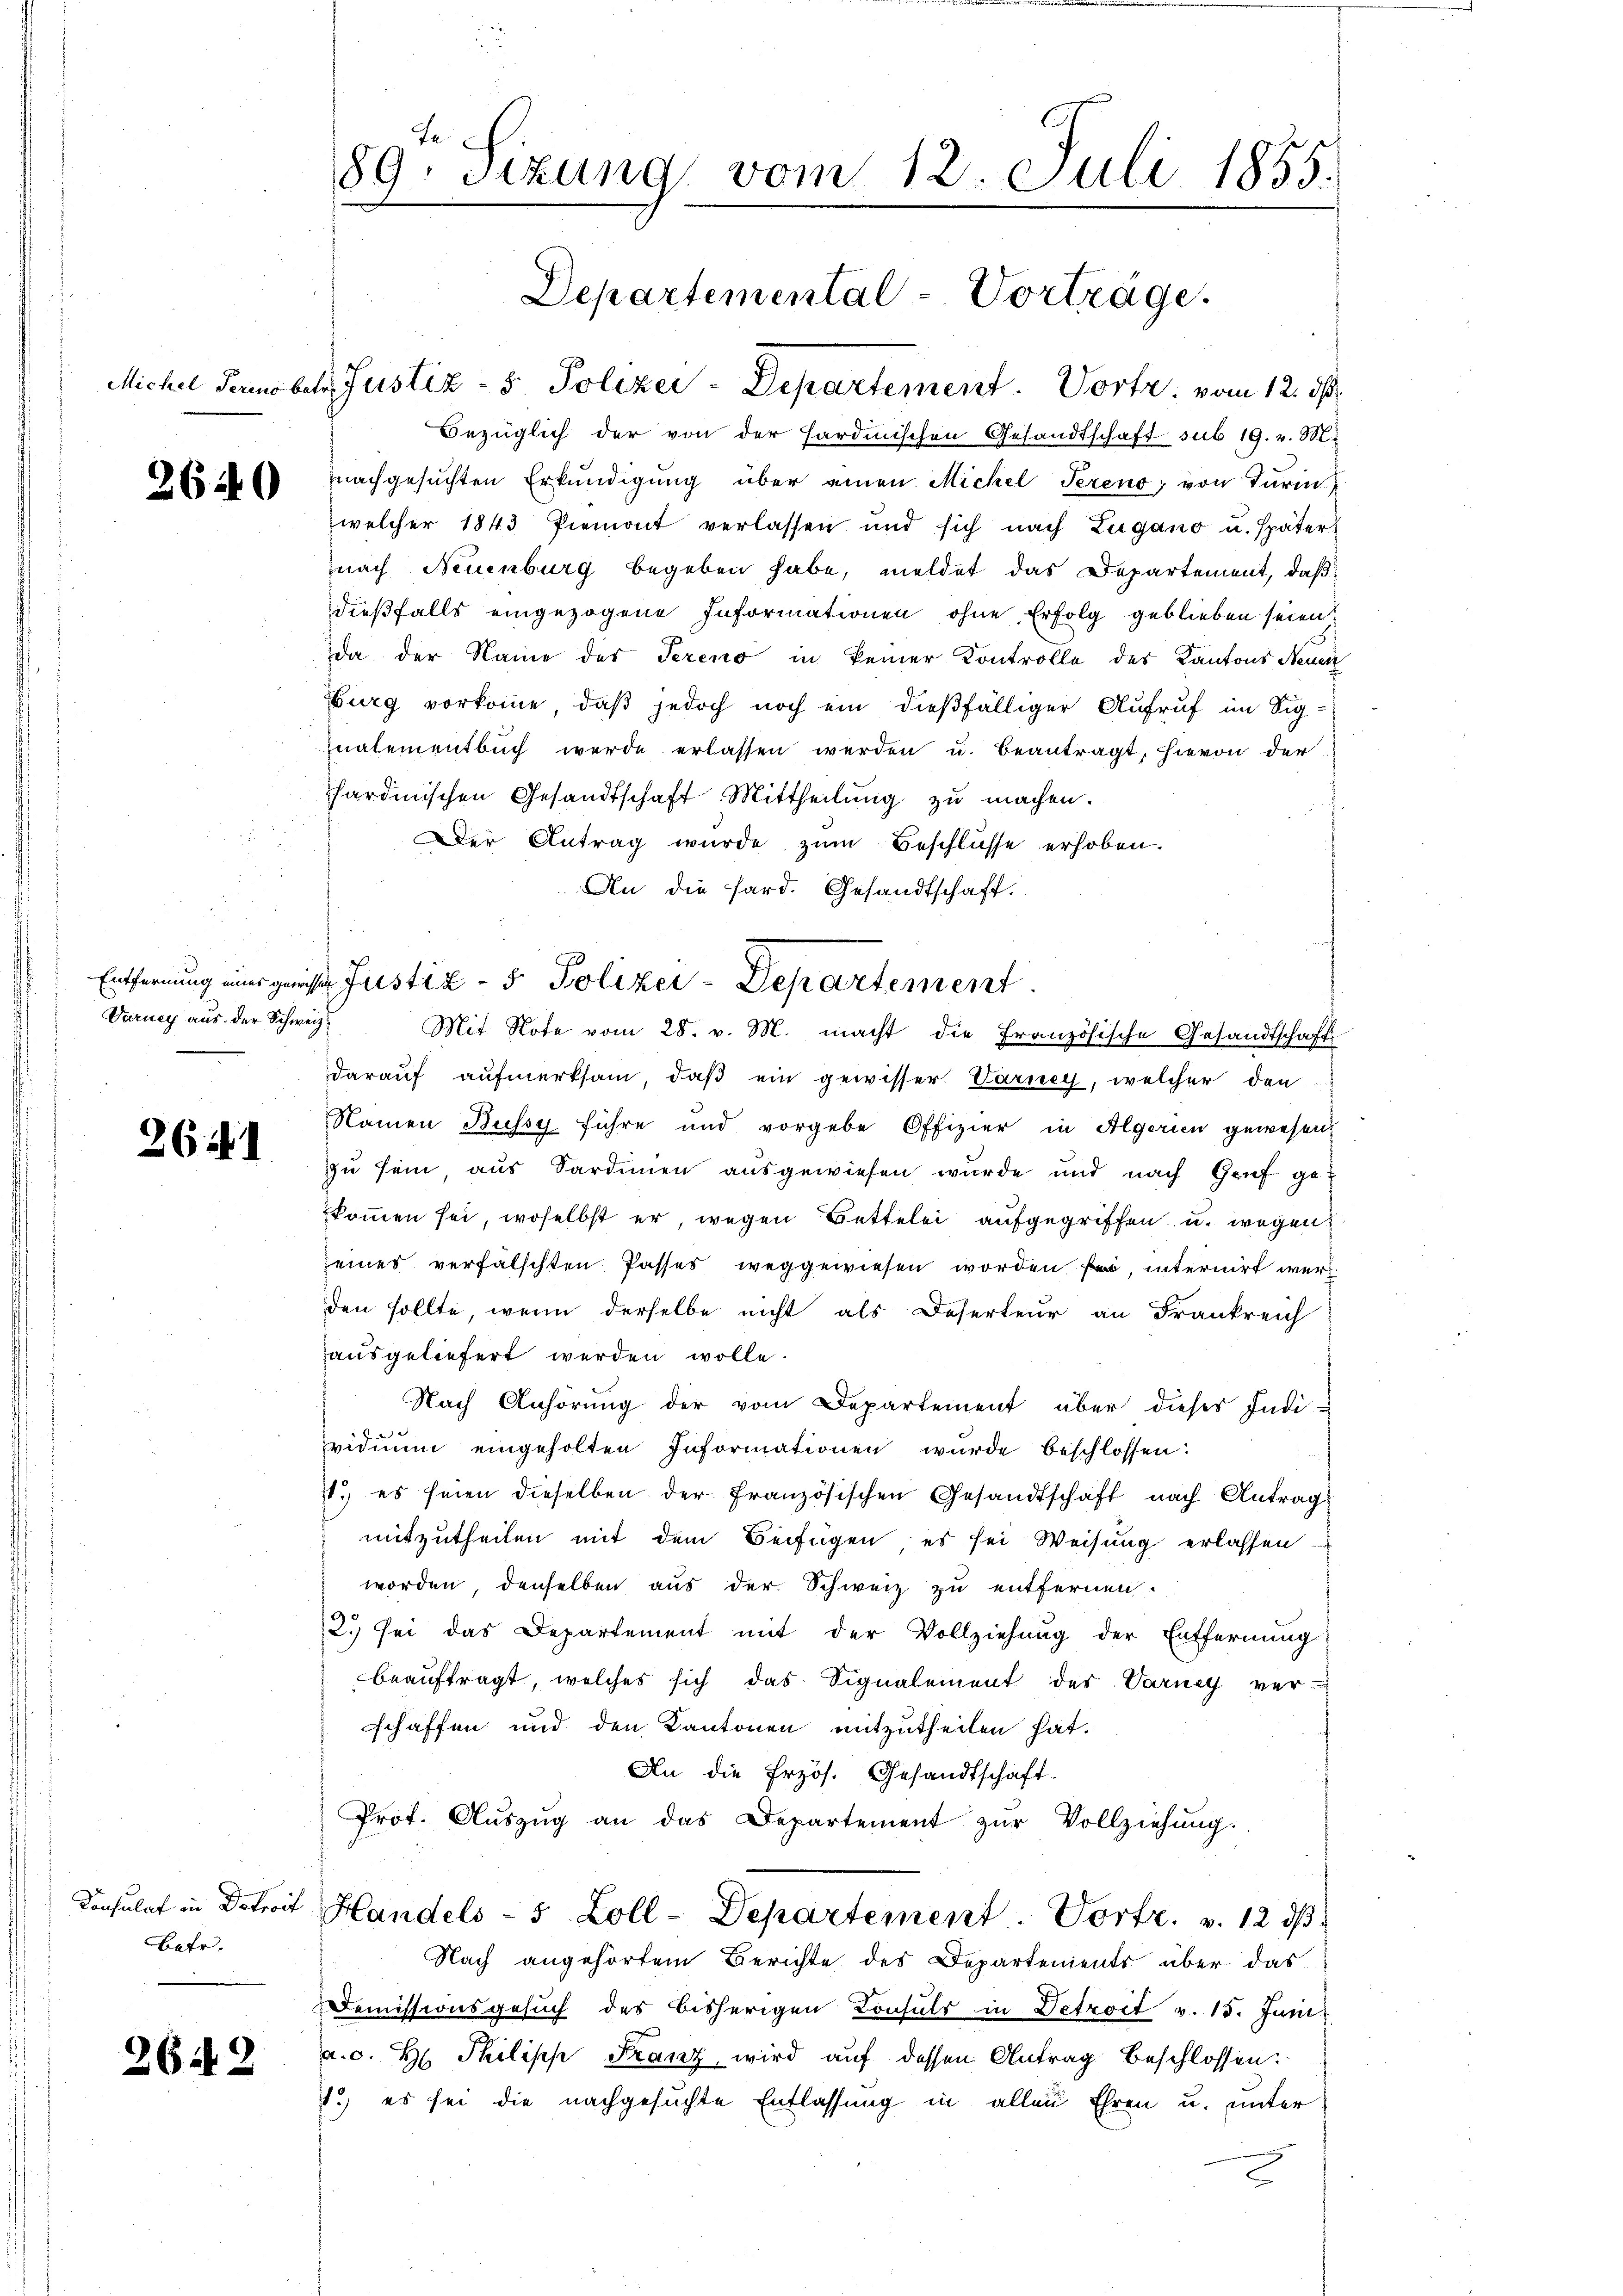
2640

Varney aus der Schweiz.

26. d.

Batr.

2642

Bezüglich der von der Hardmischen Gesandtschaft sub 19. v. M.
nachgesuchten Erkundigung über einen Michel Sereno, von Turin
welcher 1843 Piemont verlassen und sich nach Zugano u. später
nach Neuenburg begeben habe, meldet das Departement, daß
dießfalls eingezogene Informationen ohne Erfolg geblieben seien,
da der Name des Sereno in keiner Kontrolle der Kantons Neuen
Burg vorkomme, daß jedoch noch ein dießfälliger Aufruf im Sig¬
Inalementbuch werde erlassen werden u. beantragt, hievon der
sardinischen Gesandtschaft Mittheilung zŭ machen.
Der Antrag wurde zŭm Beschlüsse erhoben.
An die Sard. Gesandtschaft.
Entfernung mir geiste Justiz- & Polizei-Departement.
Mit Note vom 28. v. M. macht die Französische Gesandtschaff
darauf aufmerksam, daß ein gewisser Varney, welcher den
Namen Bussy führe und vorgebe Offizier in Algerien gewesen,
zu sein aus Sardinien ausgewiesen wurde und nach Genf ge-
kommen sei, woselbst er, wegen Bettelei aufgegriffen u. wegen
seines verfälschten Passes weggewiesen worden sei, internirt werden sollte, wenn derselbe nicht als Deserteur an Frankreich
ausgeliefert werden wolle.
Nach Anhörŭng der vom Departement über dieser Indi-
viduum eingeholten Informationen wurde beschlossen:
1. es seien dieselben der Französischen Gesandtschaft nach Antrag
mitzutheilen mit dem Beifügen, es sei Weisung erlassen
worden denselben aus der Schweiz zu entfernen.
2. sei das Departement mit der Vollziehung der Entfernung
beauftragt, welches sich das Signalement des Varnay ver-
schaffen und den Kantonen mitzutheilen hat.
An die frzös. Gesandtschaft.
Prot. Aŭszŭg an das Departement zŭr Vollziehung.
Consulat in Detreit Handels - 5 Zoll - Departement  .   Porte.        12 ds
Nach angehörtem Berichte des Departements über das
Demissionsgesuch des bisherigen Consuls in Detroit v. 15. Juni
a. c. H. Philische Franz, wird auf dessen Antrag beschlossen:
1.) es sei die nachgesuchte Entlassung in allen Ehren u. unter

te
89. Sizung vom 12. Juli 1855.

Departemental-Vorträge.
Michel Tarnobel Justiz - 5. Polizei-Departement. Vortr. vom 12. ds.